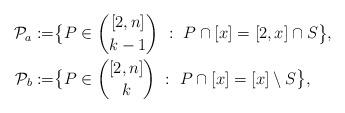
LaTeX: \begin{align*}\mathcal P_a:=&\big\{P\in {[2,n]\choose k-1}\ :\ P\cap [x] = [2,x]\cap S\big\},\\\mathcal P_b:=&\big\{P\in {[2,n]\choose k}\ :\ P\cap [x] = [x]\setminus S\big\},\end{align*}